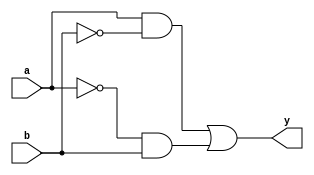
module xor_pass_gate(input a, input b, output y);
    wire p1, p2;

    // Pass gate 1
    assign p1 = a & ~b;

    // Pass gate 2
    assign p2 = ~a & b;

    // Output
    assign y = p1 | p2;
endmodule